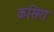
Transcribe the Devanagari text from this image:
कसिरा